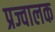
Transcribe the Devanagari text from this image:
प्रज्वालक